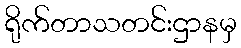
ရိုက်တာသတင်းဌာနမှ